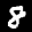
Label: 8